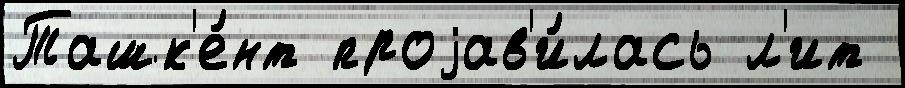
Ташк'е́нт проjав'и́лась л'ит